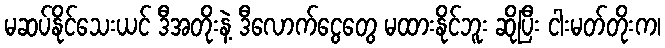
မဆပ်နိုင်သေးယင် ဒီအတိုးနဲ့ ဒီလောက်ငွေတွေ မထားနိုင်ဘူး ဆိုပြီး ငါးမတ်တိုးက၊